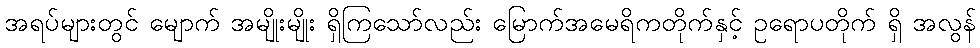
အရပ်များတွင် မျောက် အမျိုးမျိုး ရှိကြသော်လည်း မြောက်အမေရိကတိုက်နှင့် ဥရောပတိုက် ရှိ အလွန်